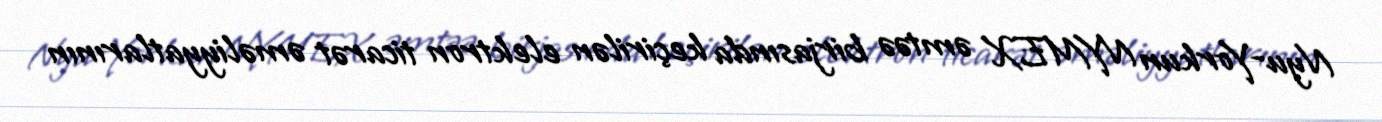
Nyu-Yorkun NYMEX əmtəə birjasında keçirilən elektron ticarət əməliyyatlarının